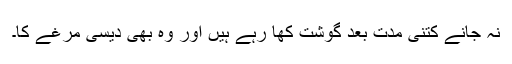
نہ جانے کتنی مدت بعد گوشت کھا رہے ہیں اور وہ بھی دیسی مرغے کا۔